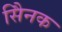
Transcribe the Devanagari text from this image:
सैिनक